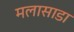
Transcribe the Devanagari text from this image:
मलासाडा